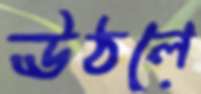
ঊঠলে